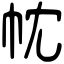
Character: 帎